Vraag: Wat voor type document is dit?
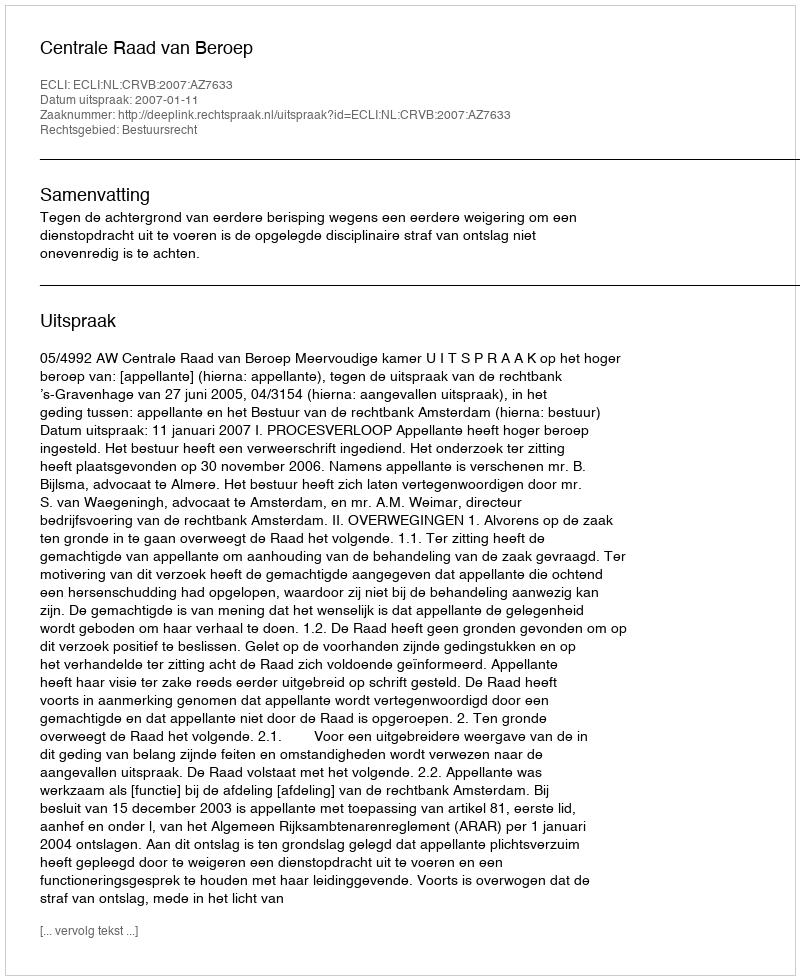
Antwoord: Uitspraak